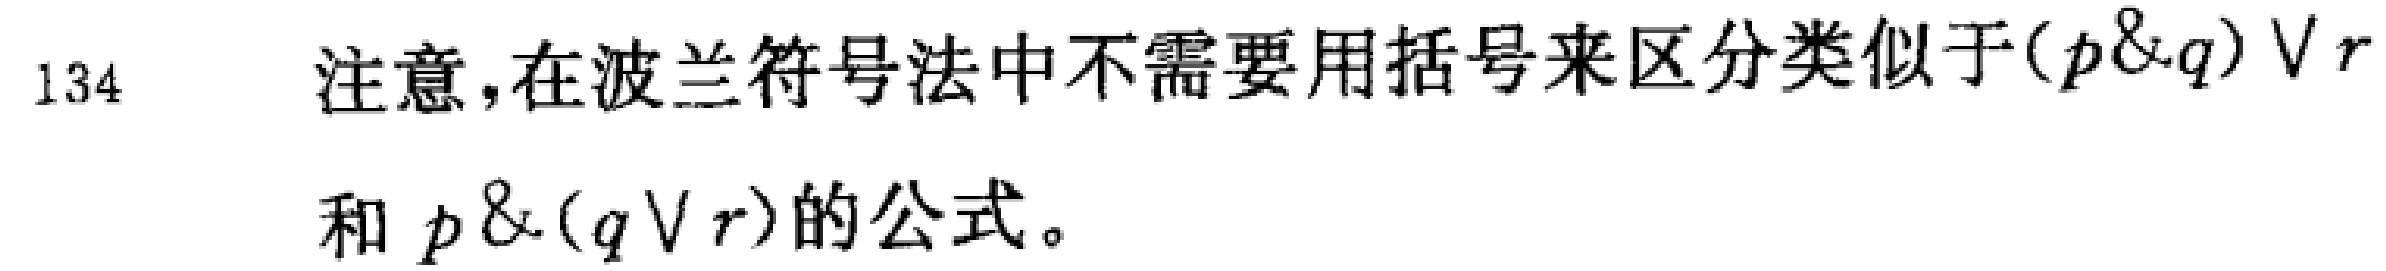
注意，在波兰符号法中不需要用括号来区分类似于\((p\&q)\vee r\)和 \(p\&(q\vee r)\)的公式。